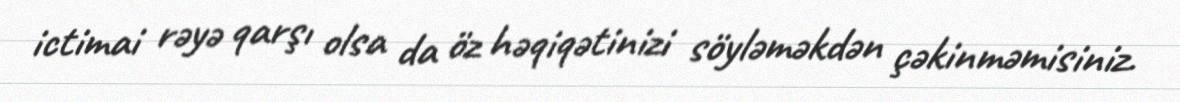
ictimai rəyə qarşı olsa da öz həqiqətinizi söyləməkdən çəkinməmisiniz.